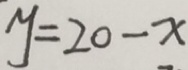
y = 2 0 - x